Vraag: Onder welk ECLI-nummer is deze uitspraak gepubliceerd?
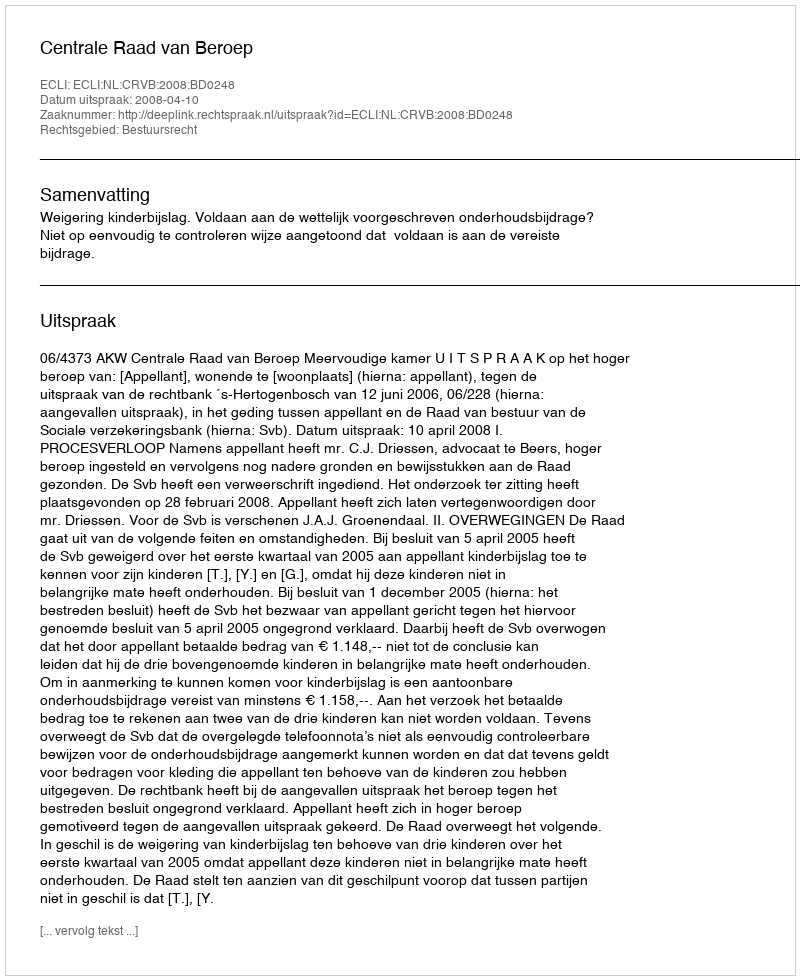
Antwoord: ECLI:NL:CRVB:2008:BD0248